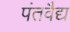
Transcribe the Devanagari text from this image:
पंतवैद्य